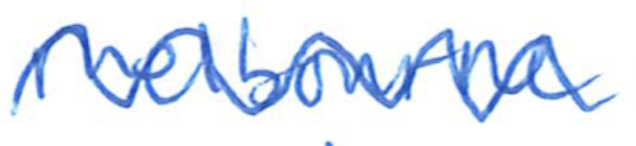
Text: Melbourne
Cross-out: wave
Writing tool: ballpoint